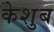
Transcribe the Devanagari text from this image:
केशुब